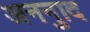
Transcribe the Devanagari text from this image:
अननुाद